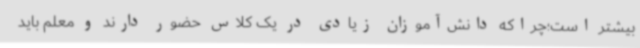
بیشتر است؛چراکه دانش‌آموزان زیادی در یک کلاس حضور دارند و معلم باید